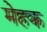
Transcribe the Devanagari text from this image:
मेहक